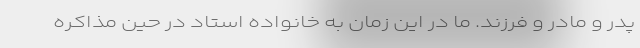
پدر و مادر و فرزند. ما در این زمان به خانواده استاد در حین مذاکره